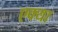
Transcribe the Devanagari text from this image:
एक्या